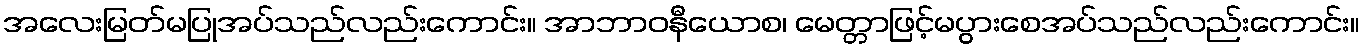
အလေးမြတ်မပြုအပ်သည်လည်းကောင်း။ အာဘာဝနီယောစ၊ မေတ္တာဖြင့်မပွားစေအပ်သည်လည်းကောင်း။